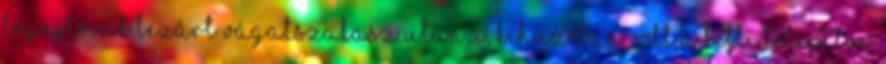
légajtóval lezárt vágatszakasz után,a, kihúzóban volt a kibli telepítve.